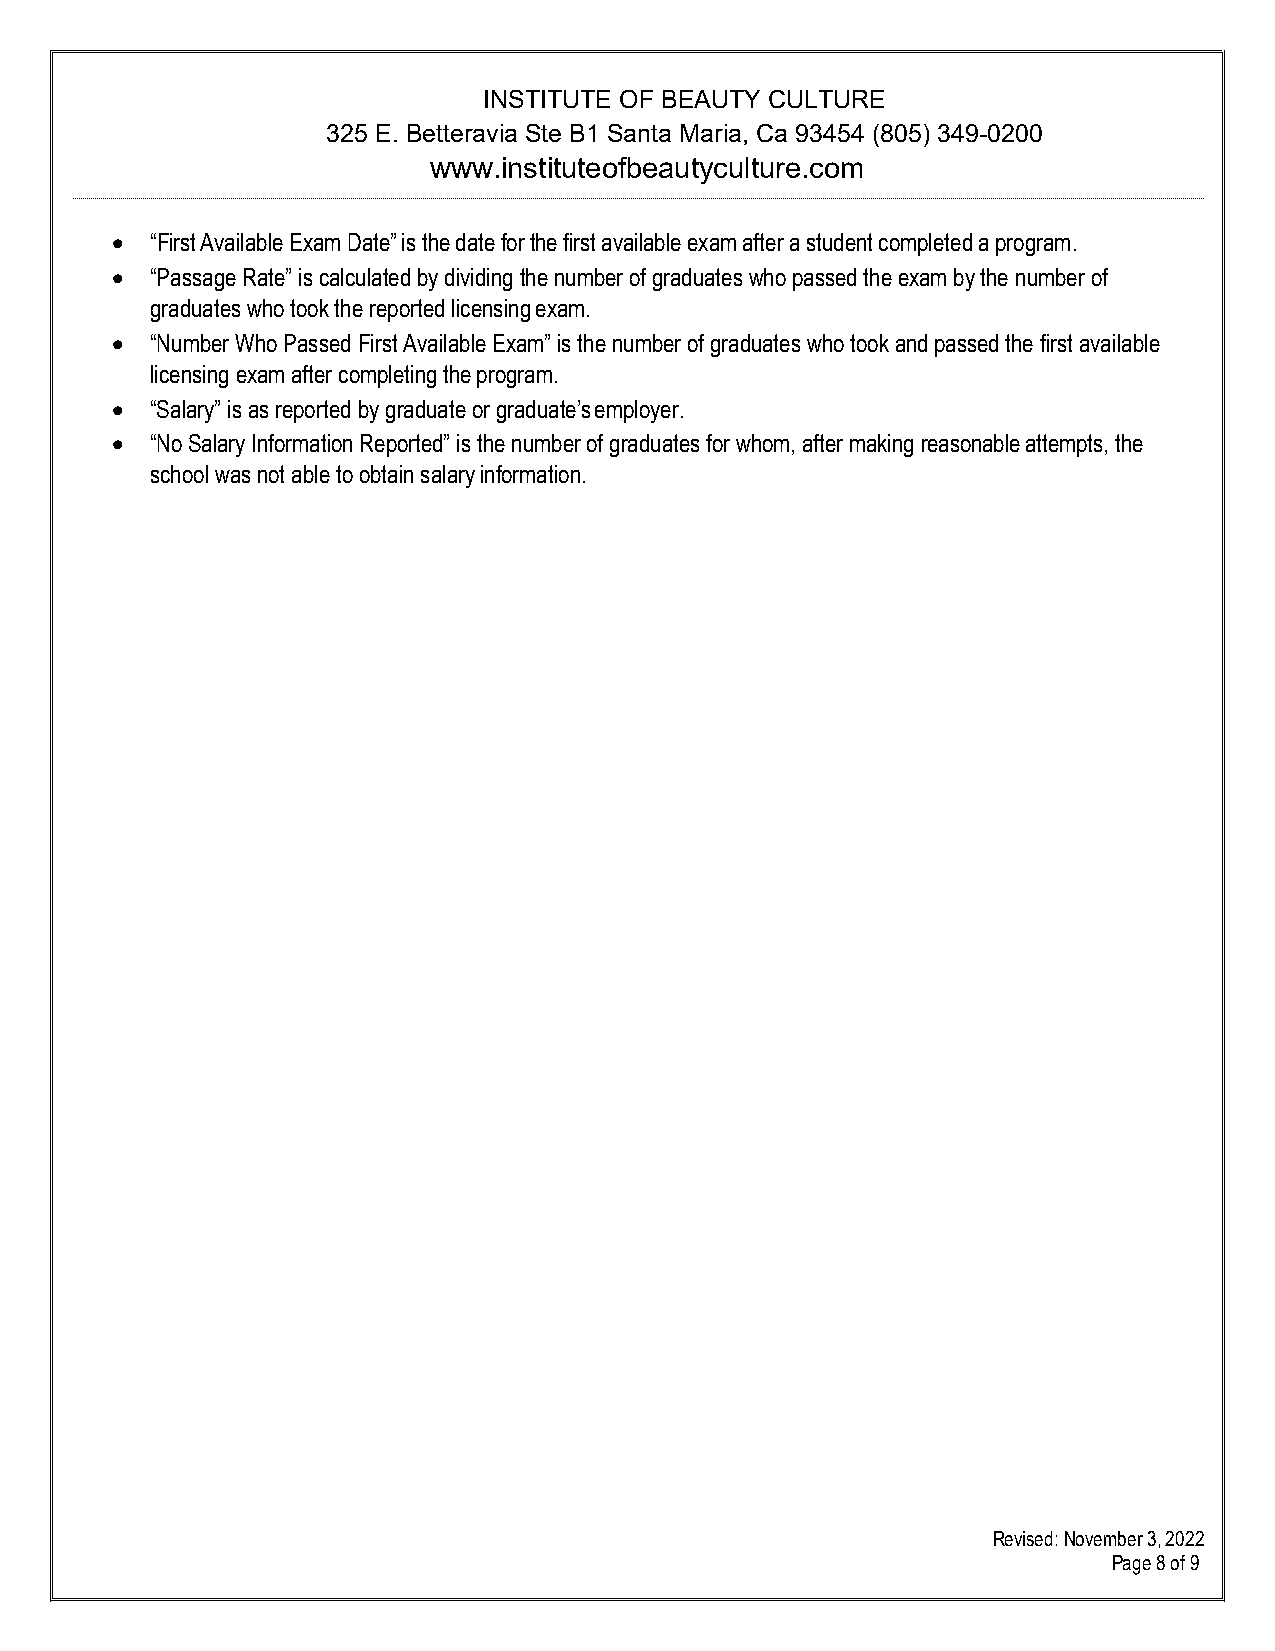
INSTITUTE OF BEAUTY CULTURE
 325 E. Betteravia Ste B1 Santa Maria, Ca 93454 (805) 349-0200
 www.instituteofbeautyculture.com
 •  “First Available Exam Date” is the date for the first available exam after a student completed a program.
 •  “Passage Rate” is calculated by dividing the number of graduates who passed the exam by the number of
 graduates who took the reported licensing exam.
 •  “Number Who Passed First Available Exam” is the number of graduates who took and passed the first available
 licensing exam after completing the program.
 •  “Salary” is as reported by graduate or graduate’s employer.
 •  “No Salary Information Reported” is the number of graduates for whom, after making reasonable attempts, the
 school was not able to obtain salary information.
 Revised: November 3, 2022
 Page 8 of 9